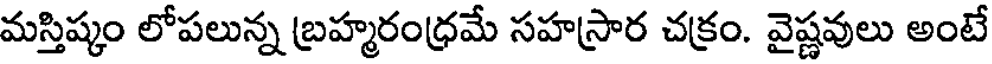
మస్తిష్కం లోపలున్న బ్రహ్మరంధ్రమే సహస్రార చక్రం. వైష్ణవులు అంటే